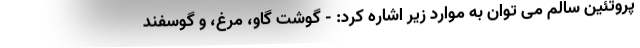
پروتئین سالم می توان به موارد زیر اشاره کرد: - گوشت گاو، مرغ، و گوسفند